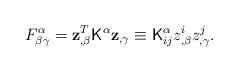
LaTeX: \begin{align*}F^\alpha_{\beta\gamma}={\bf z}^T_{,\beta}{\sf K}^\alpha {\bf z}_{,\gamma}\equiv {\sf K}^\alpha_{ij}z^i_{,\beta}z^j_{,\gamma}. \end{align*}